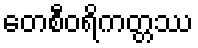
တေစီဝရိကတ္တဿ